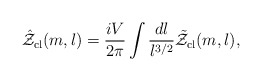
\begin{align*}\hat{\cal Z}_{\mathrm{cl}}(m,l)=\frac{iV}{2\pi}\int\frac{dl}{l^{3/2}}\tilde{\cal Z}_{\mathrm{cl}}(m,l),\end{align*}